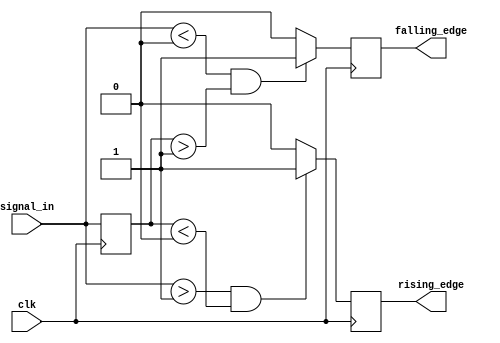
module schmitt_trigger_edge_detector (
    input wire clk,                // Clock input
    input wire signal_in,          // Input signal to detect edges
    output reg rising_edge,        // Output signal for rising edge detection
    output reg falling_edge        // Output signal for falling edge detection
);

    // Parameters for threshold levels
    parameter Vth_high = 1'b1;     // Upper threshold for high state
    parameter Vth_low = 1'b0;      // Lower threshold for low state

    // Memory block to hold the previous state of the input signal
    reg prev_state;

    // Initial state
    initial begin
        prev_state = Vth_low;      // Initialize previous state to low
        rising_edge = 1'b0;        // Initialize rising edge output
        falling_edge = 1'b0;       // Initialize falling edge output
    end

    always @(posedge clk) begin
        // Edge detection logic
        rising_edge <= 1'b0;        // Reset rising edge signal
        falling_edge <= 1'b0;       // Reset falling edge signal

        // Check for rising edge
        if (signal_in > Vth_high && prev_state < Vth_low) begin
            rising_edge <= 1'b1;     // Assert rising edge detected
        end

        // Check for falling edge
        if (signal_in < Vth_low && prev_state > Vth_high) begin
            falling_edge <= 1'b1;    // Assert falling edge detected
        end

        // Update previous state with current input
        prev_state <= signal_in;     // Store the current input state
    end

endmodule